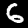
Digit: 6